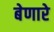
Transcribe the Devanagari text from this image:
बेणारे